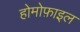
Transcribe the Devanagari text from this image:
होमोफ़ाइल